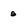
Character: s